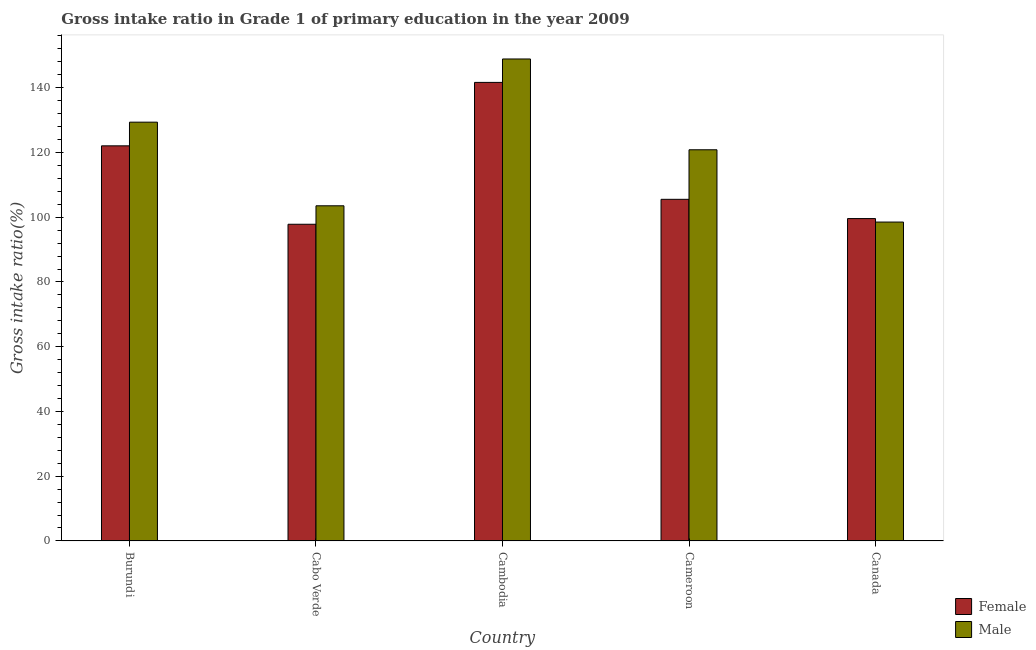
| Country | Female | Male |
 | --- | --- | --- |
 | Burundi | 122 | 129 |
 | Cabo Verde | 97.8 | 104 |
 | Cambodia | 142 | 149 |
 | Cameroon | 106 | 121 |
 | Canada | 99.6 | 98.5 |